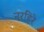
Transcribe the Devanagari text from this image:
नरहिरे